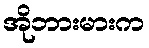
အိုဘားမားက